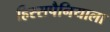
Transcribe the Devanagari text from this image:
हिस्सपैनियाला